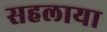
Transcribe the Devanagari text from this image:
सहलाया